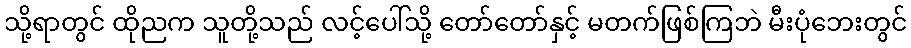
သို့ရာတွင် ထိုညက သူတို့သည် လင့်ပေါ်သို့ တော်တော်နှင့် မတက်ဖြစ်ကြဘဲ မီးပုံဘေးတွင်